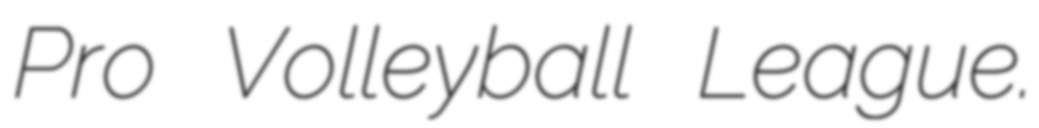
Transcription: Pro Volleyball League.